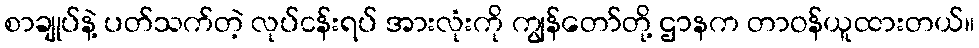
စာချုပ်နဲ့ ပတ်သက်တဲ့ လုပ်ငန်းရပ် အားလုံးကို ကျွန်တော်တို့ ဌာနက တာဝန်ယူထားတယ်။